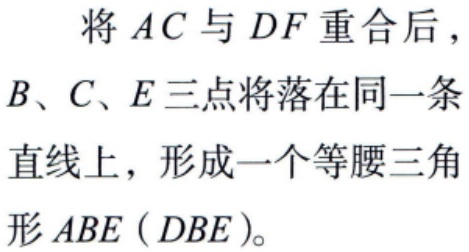
将 \(AC\) 与 \(DF\) 重合后，\(B、C、E\) 三点将落在同一条直线上，形成一个等腰三角形 \(ABE\) (\(DBE\))。